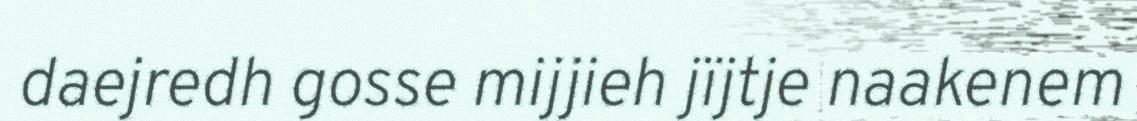
daejredh gosse mijjieh jïjtje naakenem